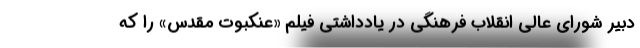
دبیر شورای عالی انقلاب فرهنگی در یادداشتی فیلم «عنکبوت مقدس» را که